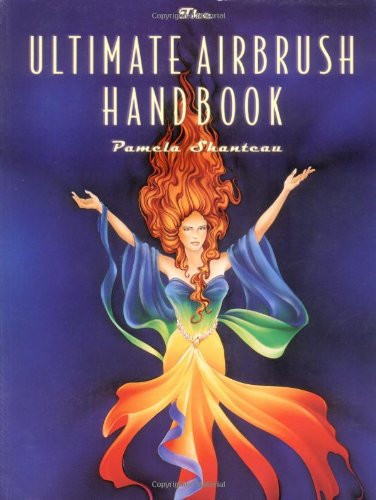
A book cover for The Ultimate Airbrush Handbook (Crafts Highlights); Pamela Shateau; Arts & Photography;